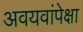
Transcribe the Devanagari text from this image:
अवयवांपेक्षा